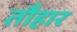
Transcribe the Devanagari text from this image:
तौहार